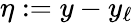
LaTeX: \eta:=y-y_{\ell}